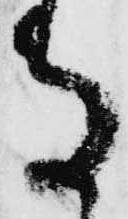
守